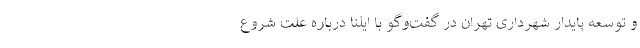
و توسعه پایدار شهرداری تهران در گفت‌و‌گو با ایلنا درباره علت شروع